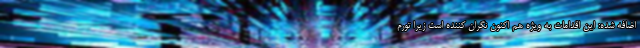
اضافه شده: این اقدامات به ویژه هم اکنون نگران کننده است زیرا تورم